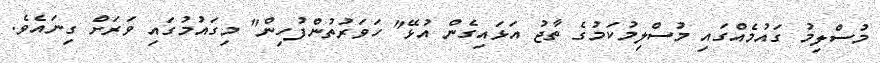
މުސްލިމު ގައުމެއްގައި މުސްލިމުކަމުގެ ތާޖު އަޅައިގެން އުޅޭ" ހަވަރުތުންފުހިން" މިގައުމުގައި ވަރަށް ގިނައެވެ.